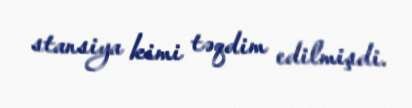
stansiya kimi təqdim edilmişdi.